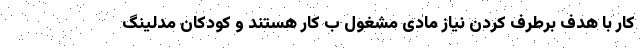
کار با هدف برطرف کردن نیاز مادی مشغول ب کار هستند و کودکان مدلینگ